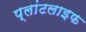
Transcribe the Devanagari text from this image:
प्लांटलाइफ